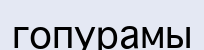
гопурамы